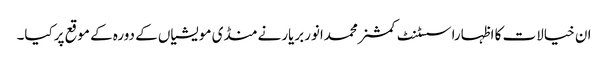
ان خیالات کا اظہاراسسٹنٹ کمشنرمحمدانوربریارنے منڈی مویشیاں کے دورہ کے موقع پرکیا۔